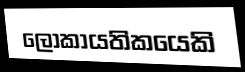
ලෝකායතිකයෙකි